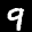
Label: 9